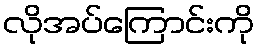
လိုအပ်ကြောင်းကို